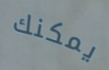
يمكنك